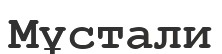
Мұстали